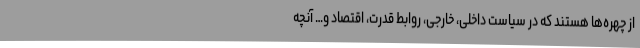
از چهره‌ها هستند که در سیاست داخلی، خارجی، روابط قدرت، اقتصاد و… آنچه